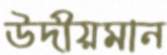
উদীয়মান